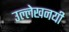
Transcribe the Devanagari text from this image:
उल्लेखनयी